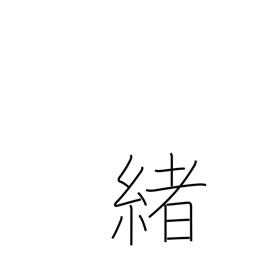
Meaning: inception